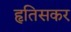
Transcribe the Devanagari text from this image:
हृतिसकर